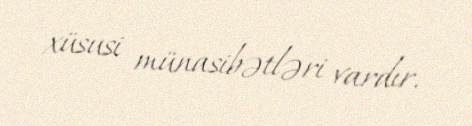
xüsusi münasibətləri vardır.